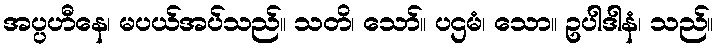
အပ္ပဟီနေ၊ မပယ်အပ်သည်။ သတိ၊ သော်။ ပဌမံ၊ သော။ ဥပါဒါနံ၊ သည်။